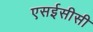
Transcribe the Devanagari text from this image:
एसईसीसी